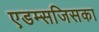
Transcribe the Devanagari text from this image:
एडम्सजिसका